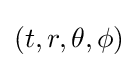
(t,r,\theta ,\phi )